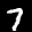
Label: 7